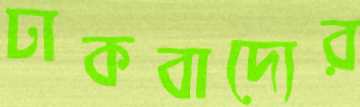
ঢাকবাদ্যের